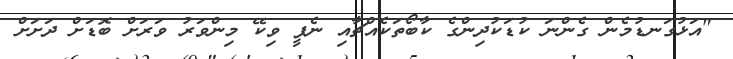
"އަޅުގަނޑުމެން ގެންނަ ކުޑަކުދިންގެ ކާބޯތަކެއްޗާއި ނެޕީ ވިކޭ މިންވަރު ވަރަށް ބޮޑަށް ދަށަށް